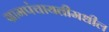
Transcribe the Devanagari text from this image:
ग्रामपंचायतीमधील